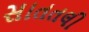
સાતતલી